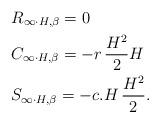
LaTeX: \begin{align*}& R_{\infty\cdot H,\beta}= 0\\& C_{\infty\cdot H,\beta}= -r\, \frac{H^2}{2} H\\& S_{\infty\cdot H,\beta}= -c.H\,\frac{H^2}{2}.\end{align*}